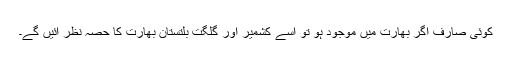
کوئی صارف اگر بھارت میں موجود ہو تو اسے کشمیر اور گلگت بلتستان بھارت کا حصہ نظر آئیں گے۔